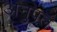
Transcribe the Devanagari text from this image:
अनुपल